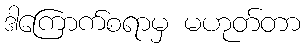
ဒါကြောက်စရာမှ မဟုတ်တာ